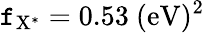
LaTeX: \mathtt{f}_{\mathrm{{{X^{*}}}}}=0.53~\mathrm{{{(eV)^{2}}}}